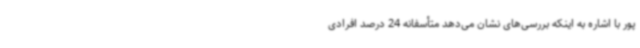
پور با اشاره به اینکه بررسی‌های نشان می‌دهد متأسفانه 24 درصد افرادی